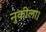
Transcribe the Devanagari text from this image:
नुकीला।